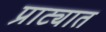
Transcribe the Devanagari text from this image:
प्राट्यात